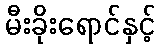
မီးခိုးရောင်နှင့်